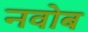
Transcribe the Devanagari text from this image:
नवोब